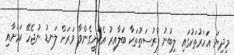
މިދިޔަ އަހަރުތަކުގައި ލިބުނު ފުރުސަތުތަކާ ބަލާއިރު އެކަށީގެންވާ ވަރަށް ލަނޑު ނުޖެހޭ ކަމަށާއި